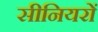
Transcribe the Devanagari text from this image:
सीनियरों